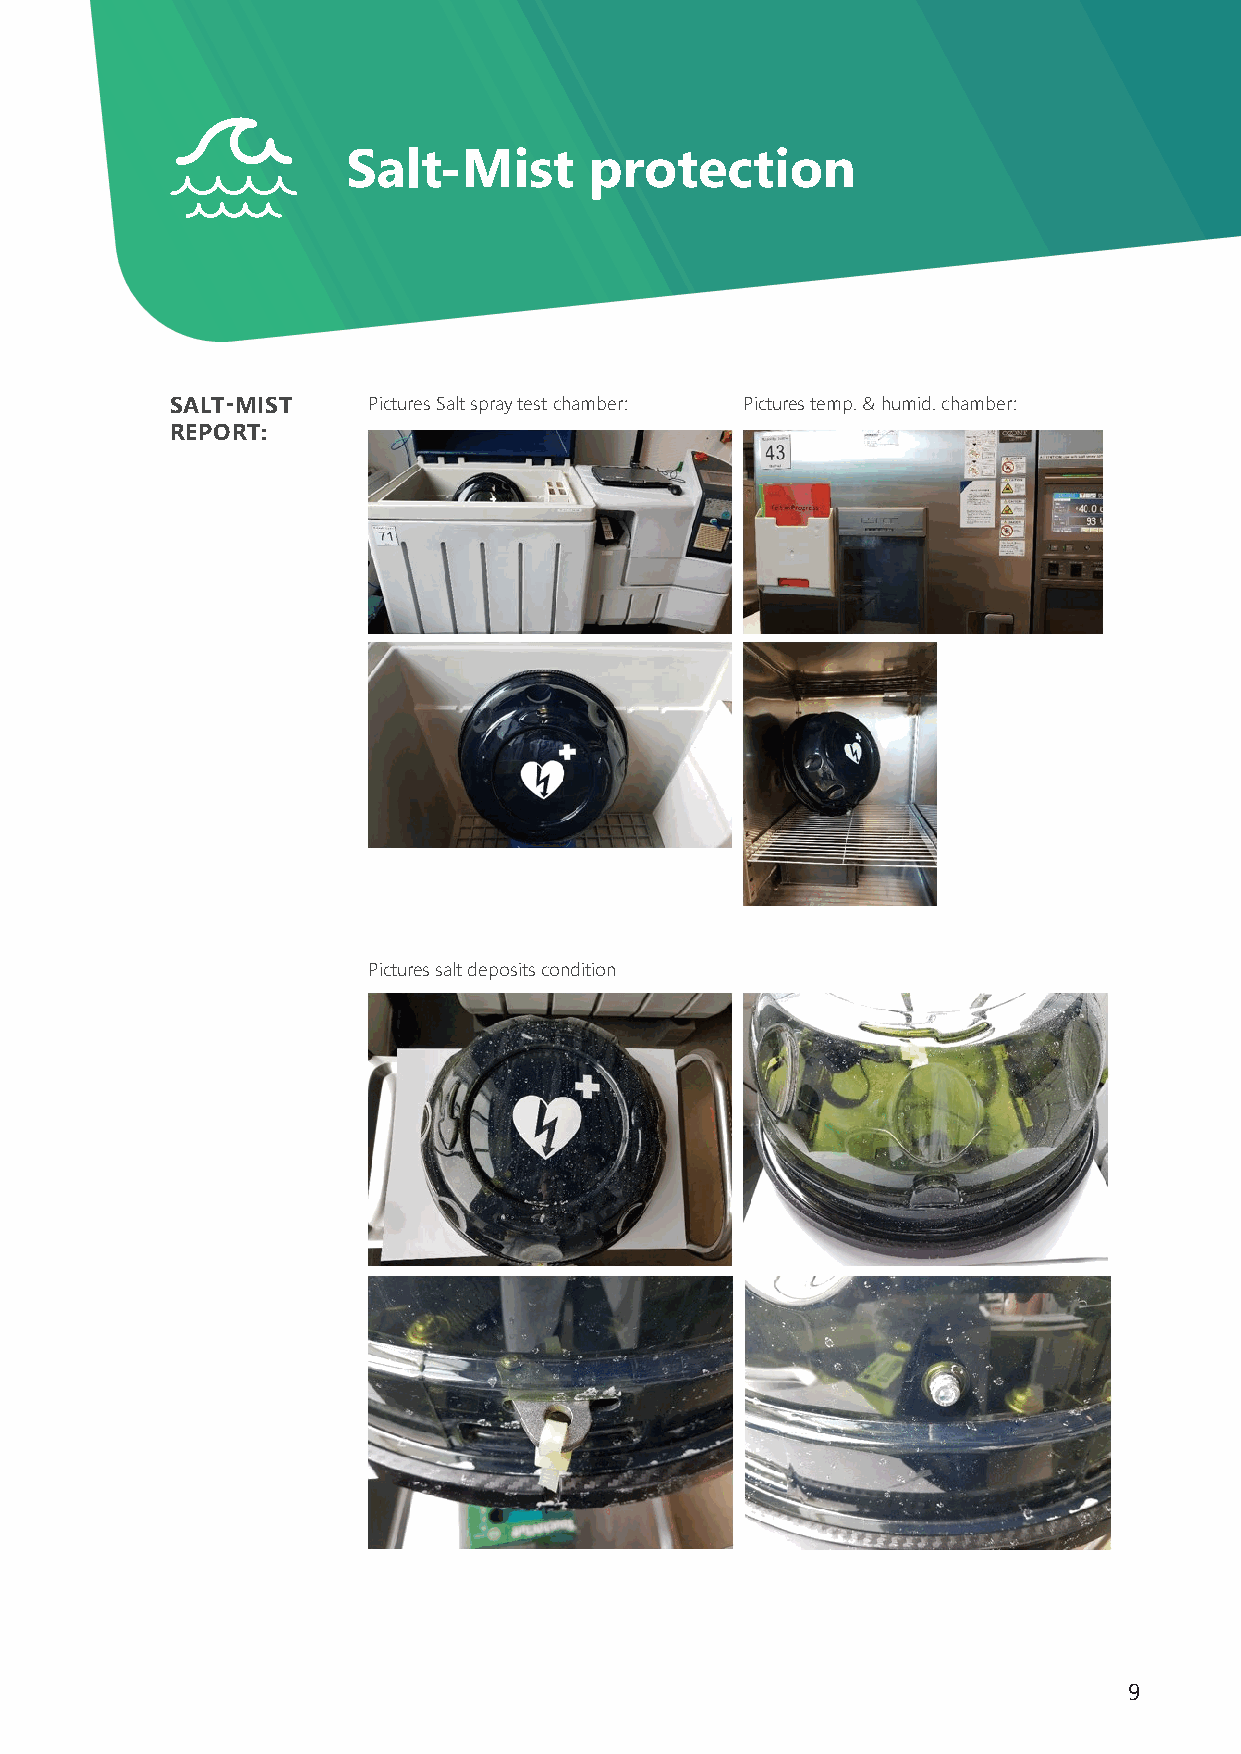
Salt-Mist       protection
 SALT-MIST    Pictures Salt spray test chamber: Pictures temp. & humid. chamber:
 REPORT:
 Pictures salt deposits condition
 9